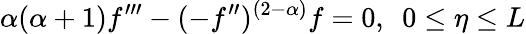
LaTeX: \alpha(\alpha+1)f^{\prime\prime\prime}-(-f^{\prime\prime})^{(2-\alpha)}f=0,~~0\le\eta\le L